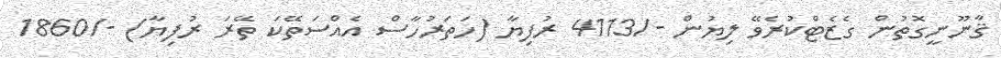
ޤާނޫނީގޮތުން ގެޒެޓްކުރެވޭ ލިޔުން -/4113 ރުފިޔާ (ހަތަރުހާސް އެއްސަތޭކަ ތޭރަ ރުފިޔާ) -/1860